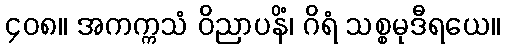
၄၀၈။ အကက္ကသံ ဝိညာပနိံ၊ ဂိရံ သစ္စမုဒီရယေ။